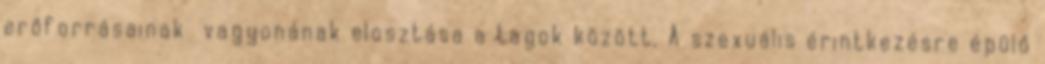
erőforrásainak vagyonának elosztása a tagok között. A szexuális érintkezésre épülő